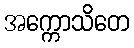
အက္ကောသိတေ